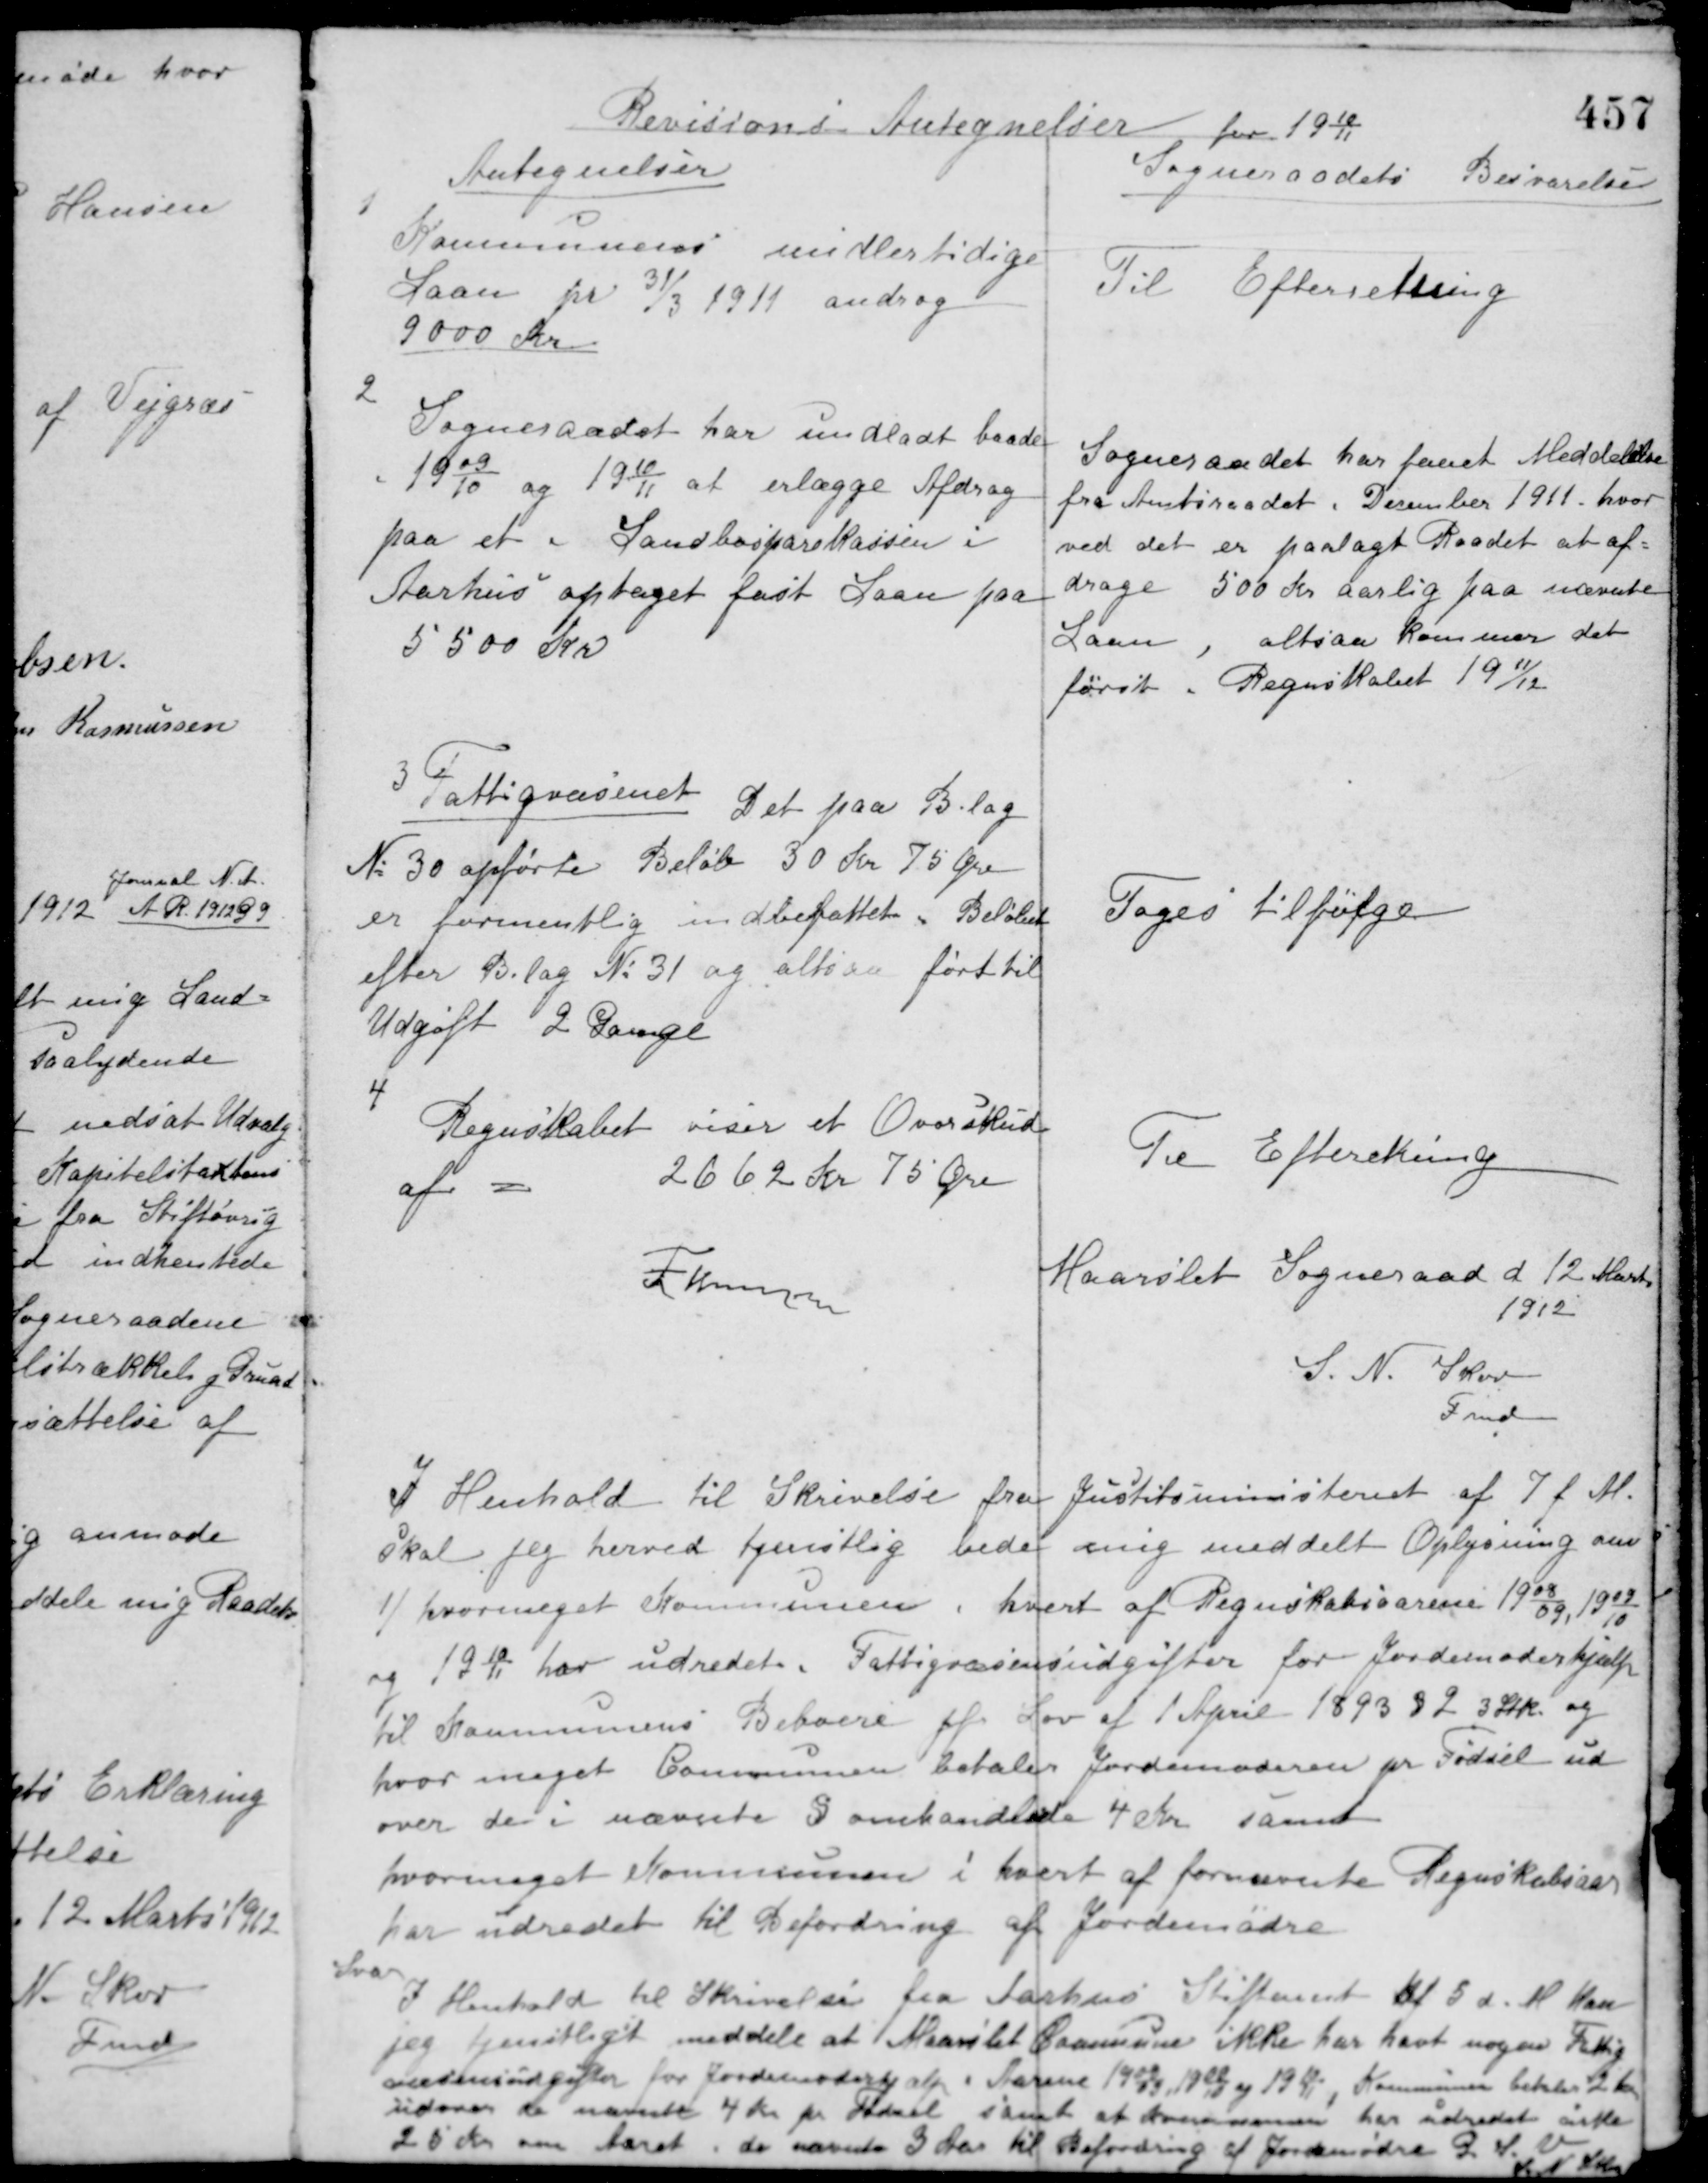
Transskription:
Revisions Antegnelser for 1910/11

Antegnelser

Sogneraadets Besvarelse

1
Kommunens midlertidige
Laan pr. 31/3 1911 androg
9000 Kr.

Til Efterretning

2.
Sogneraadet har undladt baade
i 1909/10 og 1910/11 at erlægge Afdrag
paa et i Landbosparekassen i
Aarhus optaget fast Laan paa
5500 Kr.

Sogneraadet har faaet Meddelelse
fra Amtsraadet December 1911, hvor-
ved det er paalagt Raadet at af-
drage 500 Kr. aarlig paa nævnte
Laan, altsaa kommer det
først i Regnskabet 1911/12.

3
Fattigvæsenet. Det paa Bilag
No 30 opførte Beløb 30 Kr. 75 Øre
er formentlig indbefattet i Beløbet
efter Bilag No 31 og altsaa ført til
Udgift 2 Gange.

Tages tilfølge

4
Regnskabet viser et Overskud
af =
2662 Kr. 75 Øre

Til Efterretning

Thomsen

Maarslet Sogneraad d 12 Marts
1912
S. N. Skov
Fmd.

I Henhold til Skrivelse fra Justitsministeriet af 7 f. M.
Skal jeg herved tjenstlig bede mig meddelt Oplysning om
1/ hvormeget Kommunen i hvert af Regnskabsaarene 1908/09 1909/10
og 1910/11 har udredet i Fattigvæsensudgifter for Jordemoderhjælp
til Kommunens Beboere jfr. Lov af 1 April 1893 § 2 3 Stk. og
hvor meget Communen betaler Jordemoderen pr. Fødsel ud-
over de i nævnte 3 omhandlede 4 Kr samt
hvormeget Kommunen i hvert af fornævnte Regnskabsaar
har udredet til Befordring af Jordemødre.
Svar
I Henhold til Skrivelse fra Aarhus Stiftamt af 8 d. M. kan
jeg tjenstligt meddele at Maarslet Kommune ikke har havt nogen Fattig-
væsensudgifter for Jordemoderhjælp i Aarene 1908/09, 1909/10 og 1910/11, Kommunen betaler 2 Kr.
udover de nævnte 4 Kr. pr. Fødsel samt at Kommunen har udredet cirka
25 Kr. om Aaret, de nævnte 3 Aar til Befordring af Jordemødre P. S. V.
S. N. Skov